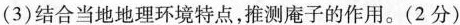
(3)结合当地地理环境特点，推测庵子的作用。(2分)